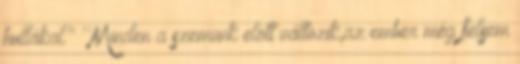
hullákal." ''Minden a szemünk elött változik,az ember még felsem